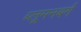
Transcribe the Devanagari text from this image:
ब्लूमनबर्ग